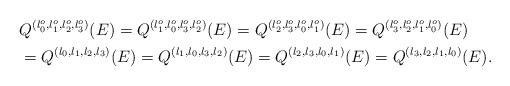
LaTeX: \begin{align*}& Q^{(l_{0}^{o},l_{1}^{o},l_{2}^{o},l_{3}^{o})}(E)= Q^{(l_{1}^{o},l_{0}^{o},l_{3}^{o},l_{2}^{o})}(E)= Q^{(l_{2}^{o},l_{3}^{o},l_{0}^{o},l_{1}^{o})}(E)= Q^{(l_{3}^{o},l_{2}^{o},l_{1}^{o},l_{0}^{o})}(E)\\& =Q^{(l_{0},l_{1},l_{2},l_{3})}(E)= Q^{(l_{1},l_{0},l_{3},l_{2})} (E)=Q^{(l_{2},l_{3},l_{0},l_{1})} (E)=Q^{(l_{3},l_{2},l_{1},l_{0})}(E) .\end{align*}